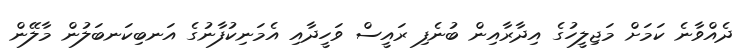
ދެއްވާނެ ކަމަށް މަޖިލީހުގެ އިދާރާއިން ބުނެފި ރައީސް ވަހީދާއި އެމަނިކުފާނުގެ އަނބިކަނބަލުން މާލޭން